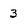
Character: 3